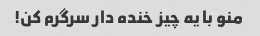
منو با یه چیز خنده دار سرگرم کن!